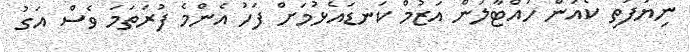
ނިޔަފަތި ކެއުން ހުއްޓާލަން އަޒުމް ކަނޑައެޅުމަށް ފަހު އެންމެ ފުރަތަމަ ވެސް އަގު